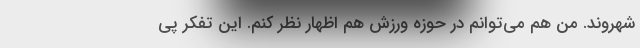
شهروند. من هم می‌توانم در حوزه ورزش هم اظهار نظر کنم. این تفکر پی